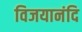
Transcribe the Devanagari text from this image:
विजयानंदि